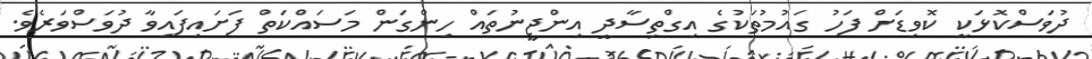
ދުވަސްކޮޅަކީ ކޮވިޑަށް ފަހު ގައުމުތަކުގެ އިގްތިސާދީ އިންޖީނުތައް ހިންގަން މަސައްކަތް ފަށައިފައިވާ ދުވަސްވަރެވެ.